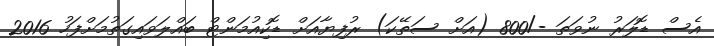
އެސް ޑޮލަރު ނުވަތަ -/800 (އަށް ސަތޭކަ) ރުފިޔާއަށް ޑޮކިއުމަންޓް ބައްލަވައިގަތުމަށްފަހު 2016